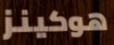
هوكينز